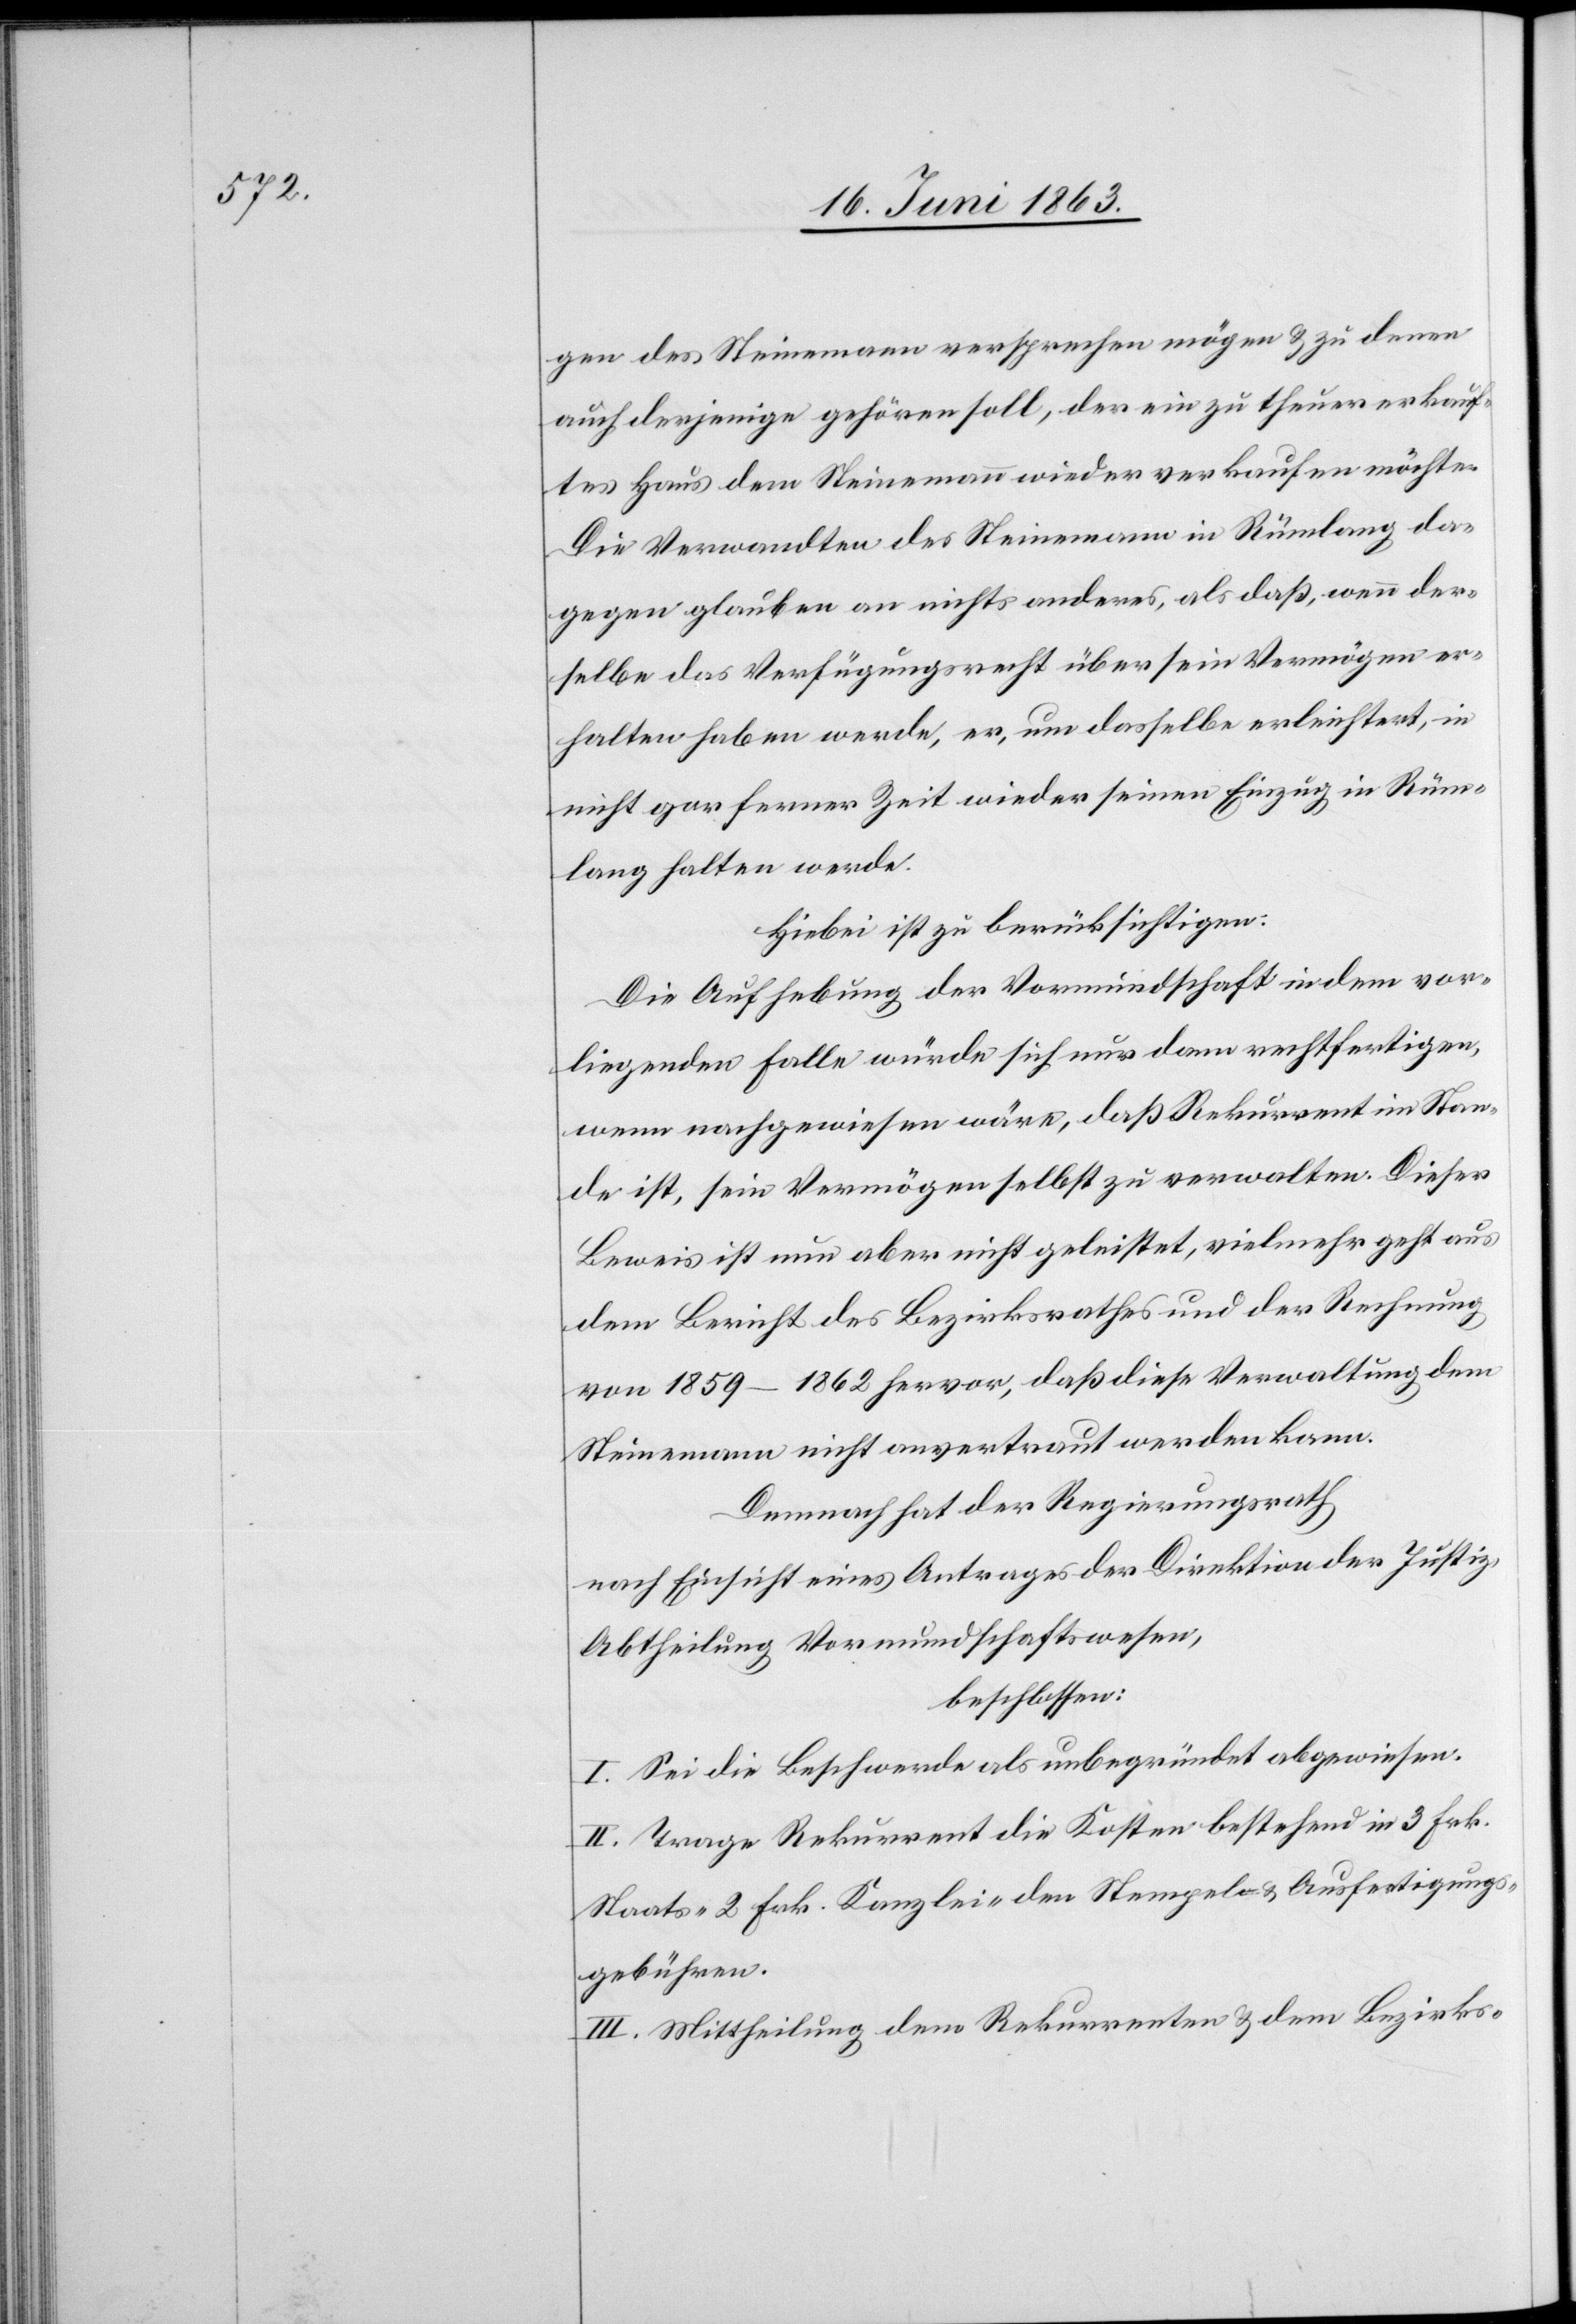
gen des Steinemann versprechen mögen & zu denen
auch derjenige gehören soll, der ein zu theuer erkauf¬
tes Haus dem Steinemann wieder verkaufen möchte.
Die Verwandten des Steinemann in Rümlang da¬
gegen glauben an nichts anderes, als daß, wenn der¬
selbe das Verfügungsrecht über sein Vermögen er¬
halten haben werde, er, um dasselbe erleichtert, in
nicht gar ferner Zeit wieder einen Einzug in Rüm¬
lang halten werde.
Hiebei ist zu berücksichtigen:
Die Aufhebung der Vormundschaft in dem vor¬
liegenden Falle würde sich nur dann rechtfertigen,
wenn nachgewiesen wäre, daß Rekurrent im Stan¬
de ist, sein Vermögen selbst zu verwalten. Dieser
Beweis ist nun aber nicht geleistet, vielmehr geht aus
dem Bericht des Bezirksrathes und der Rechnung
von 1859–1862 hervor, daß diese Verwaltung dem
Steinemann nicht anvertraut werden kann.
Demnach hat der Regierungsrath
nach Einsicht eines Antrages der Direktion der Justiz,
Abtheilung Vormundschaftswesen,
beschlossen:
I. Sei die Beschwerde als unbegründet abgewiesen.
II. Trage Rekurrent die Kosten bestehend in 3 Frk.
Staats-[,] 2 Frk. Kanzlei-[,] den Stempel- & Ausfertigungs¬
gebühren.
III. Mittheilung dem Rekurrenten & dem Bezirks-